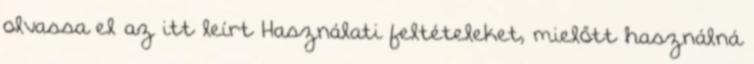
olvassa el az itt leírt Használati feltételeket, mielőtt használná